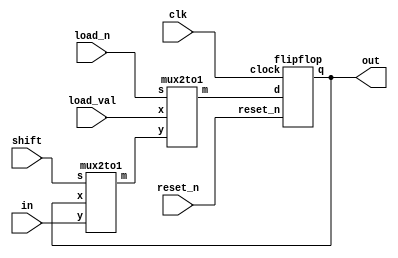
//1-bit shifter
module single_shifter(load_val, load_n, clk, in, shift, reset_n, out);
   input load_n;
	input load_val;
   input clk;
   input in;
   input shift; 
   input reset_n;
	output out;
	
	wire M1M2;
	wire M2dff;
	wire dffout;
	
	mux2to1 M1(.x(dffout), 
					 .y(in), 
					 .s(shift), 
					 .m(M1M2));
					 
	mux2to1 M2(.x(load_val), 
					 .y(M1M2), 
					 .s(load_n), 
					 .m(M2dff));
					 
	flipflop ff(.clock(clk), 
					.reset_n(reset_n), 
					.d(M2dff), 
					.q(dffout));
	
	assign out = dffout;
endmodule

//2 to 1 multiplexer
module mux2to1(x, y, s, m);
    input x; //selected when s is 0
    input y; //selected when s is 1
    input s; //select signal
    output m; //output
  
    assign m = s & y | ~s & x;
endmodule

//D flip flop
module flipflop(clock, reset_n, d, q);
	input clock;
   input reset_n; 
   input d;
	output reg q;
	
	always @(posedge clock)
	begin
		if (reset_n == 1'b0)
			q <= 0;
		else 
			q <= d;
	end
endmodule